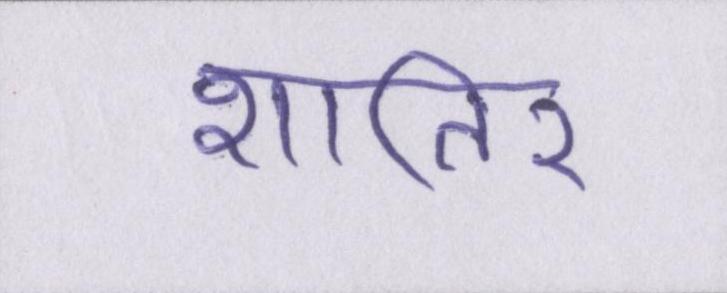
शातिर